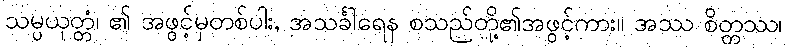
သမ္ပယုတ္တံ၊ ၏ အဖွင့်မှတစ်ပါး, အသင်္ခါရေန စသည်တို့၏အဖွင့်ကား။ အဿ စိတ္တဿ၊